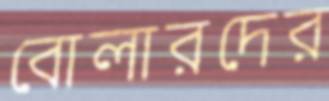
বোলারদের